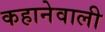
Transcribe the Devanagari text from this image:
कहानेवाली